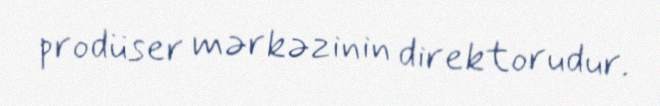
prodüser mərkəzinin direktorudur.